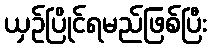
ယှဉ်ပြိုင်ရမည်ဖြစ်ပြီး